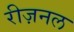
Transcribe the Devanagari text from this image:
रीज़नल